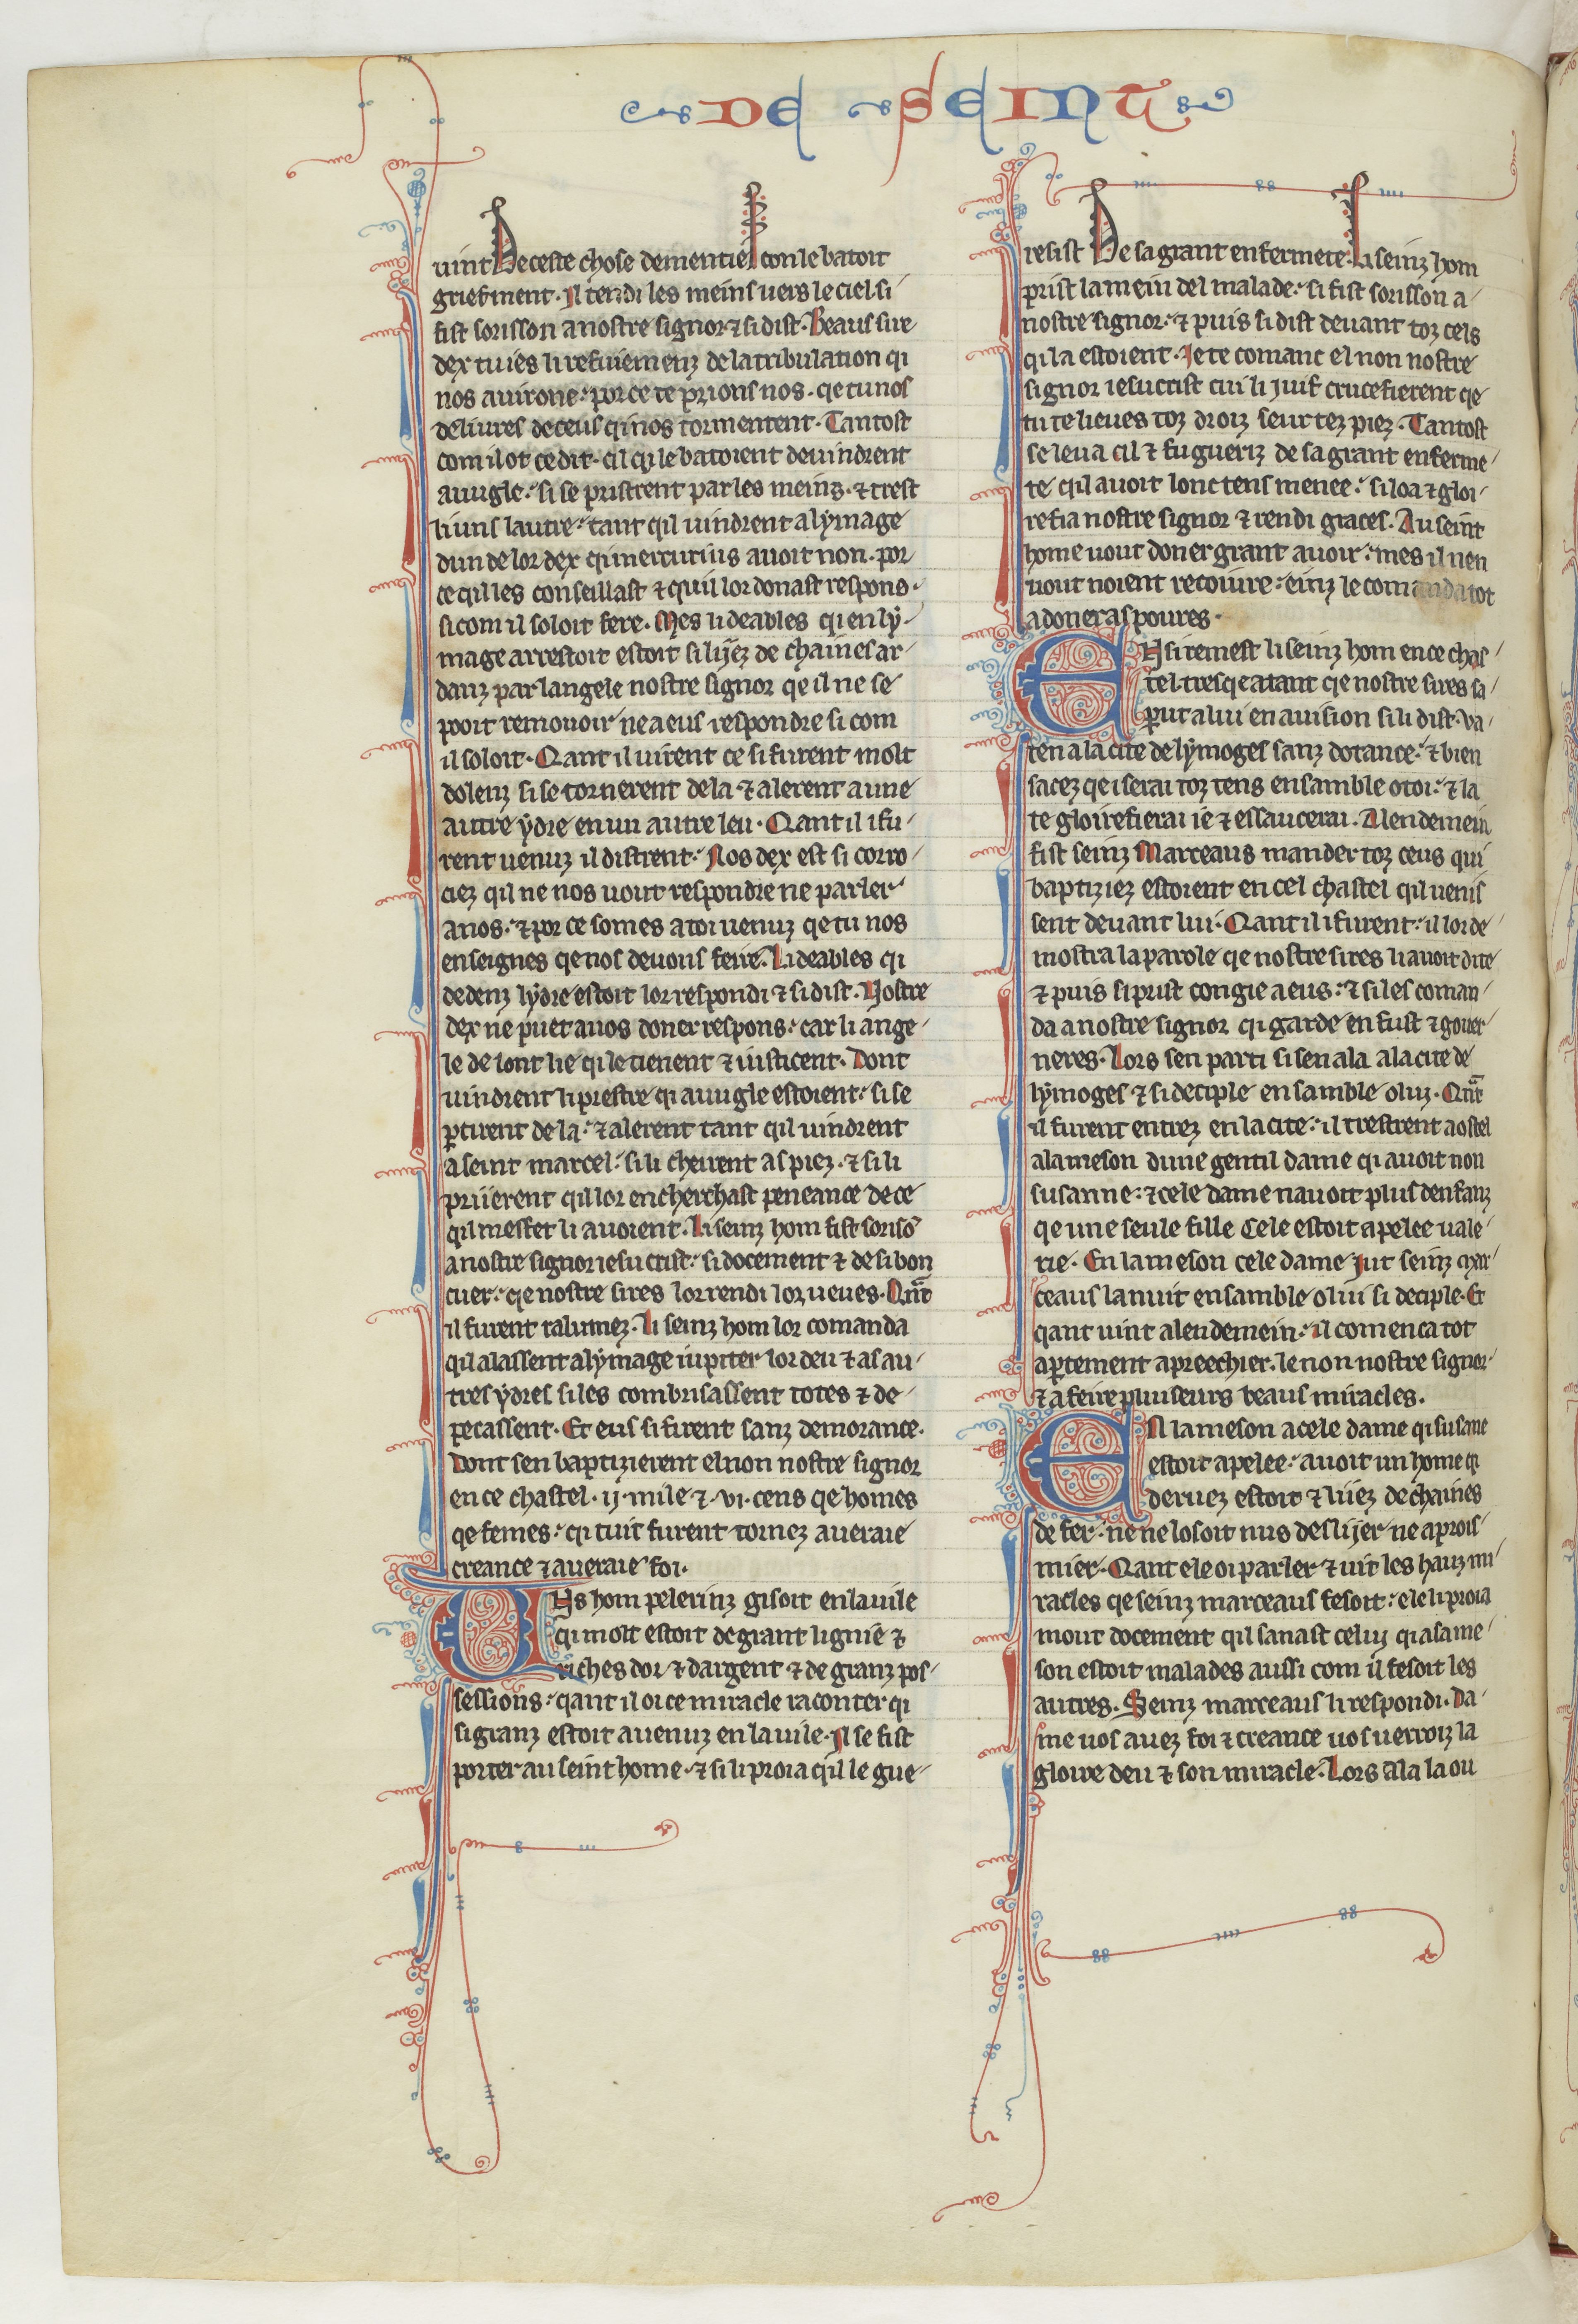
Shelfmark: Paris, BnF, fr. 412
Century: 13